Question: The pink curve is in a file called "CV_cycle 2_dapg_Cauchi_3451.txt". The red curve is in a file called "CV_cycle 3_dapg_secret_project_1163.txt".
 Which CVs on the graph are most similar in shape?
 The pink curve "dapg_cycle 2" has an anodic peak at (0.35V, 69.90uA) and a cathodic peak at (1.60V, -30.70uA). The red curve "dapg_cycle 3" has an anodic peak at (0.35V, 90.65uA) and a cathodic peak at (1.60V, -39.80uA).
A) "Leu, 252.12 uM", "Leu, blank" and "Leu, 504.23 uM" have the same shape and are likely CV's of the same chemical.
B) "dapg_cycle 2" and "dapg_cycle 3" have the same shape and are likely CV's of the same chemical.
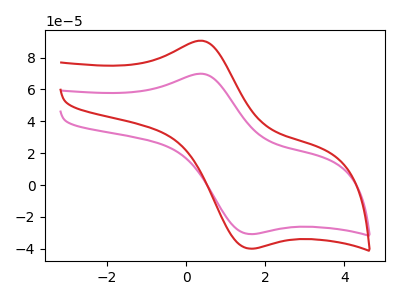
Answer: <think>All the peaks in "dapg_cycle 2" have a peak in "dapg_cycle 3" at the same potential. Every peak in "dapg_cycle 2" is lower than every peak in "dapg_cycle 3".
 </think>
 <answer>B) "dapg_cycle 2" and "dapg_cycle 3" have the same shape and are likely CV's of the same chemical.</answer>
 <eval>B</eval>